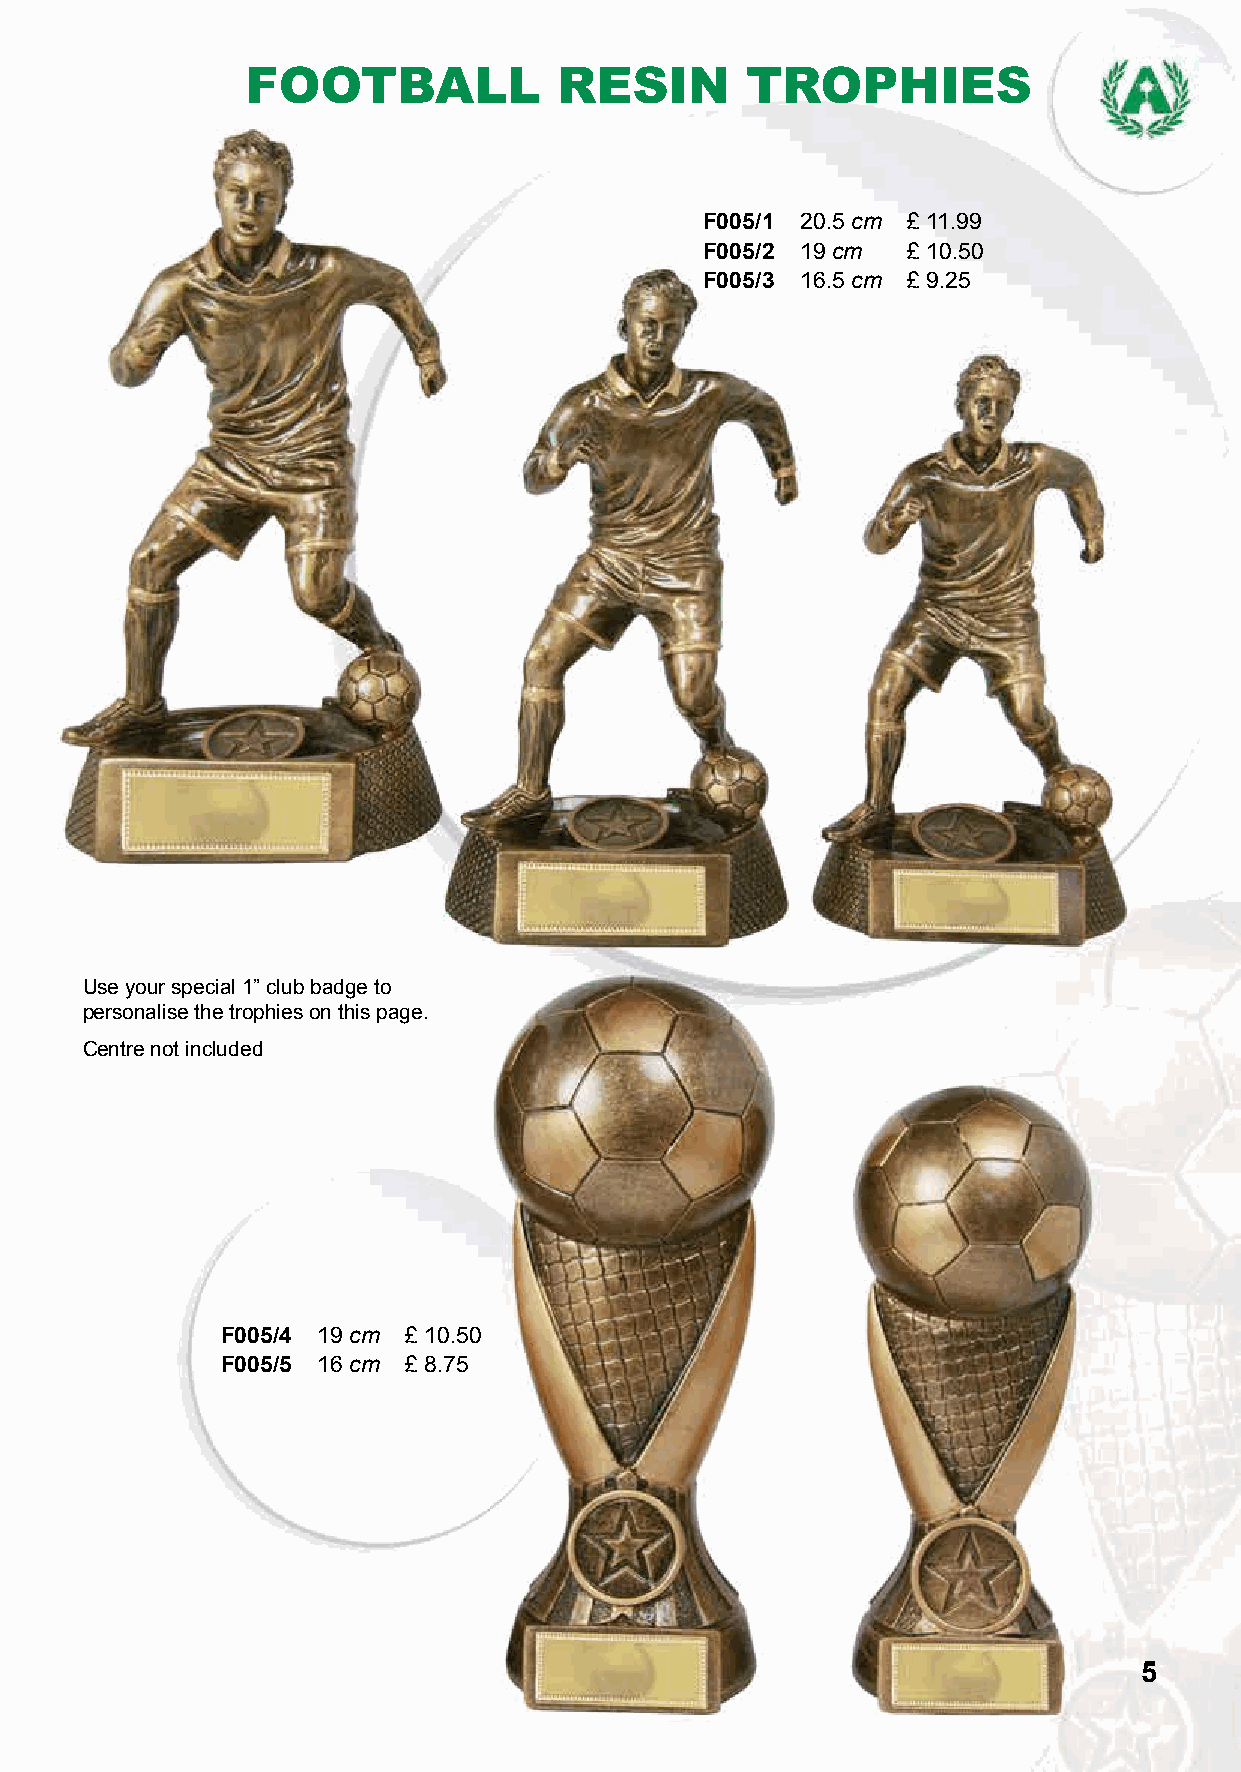
FOOTBALL             RESIN       TROPHIES
 F005/1 20.5 cm £ 11.99
 F005/2 19 cm £ 10.50
 F005/3 16.5 cm £ 9.25
 Use your special 1” club badge to
 personalise the trophies on this page.
 Centre not included
 F005/4 19 cm £ 10.50
 F005/5 16 cm £ 8.75
 5